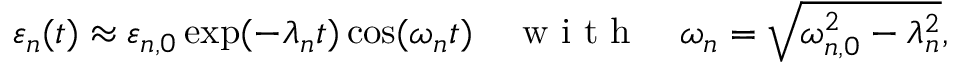
\varepsilon _ { n } ( t ) \approx \varepsilon _ { n , 0 } \exp ( - \lambda _ { n } t ) \cos ( \omega _ { n } t ) \quad \mathrm { ~ w ~ i ~ t ~ h ~ } \quad \omega _ { n } = \sqrt { \omega _ { n , 0 } ^ { 2 } - \lambda _ { n } ^ { 2 } } ,